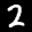
Label: 2